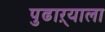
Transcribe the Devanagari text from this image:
पुढाऱ्याला